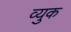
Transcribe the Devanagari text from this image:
व्युक